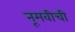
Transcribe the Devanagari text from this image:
नूमवीची